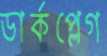
ডার্কপ্লেগ